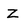
Character: Z